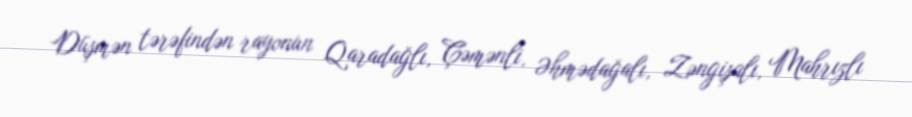
Düşmən tərəfindən rayonun Qaradağlı, Çəmənli, Əhmədağalı, Zəngişalı, Mahrızlı